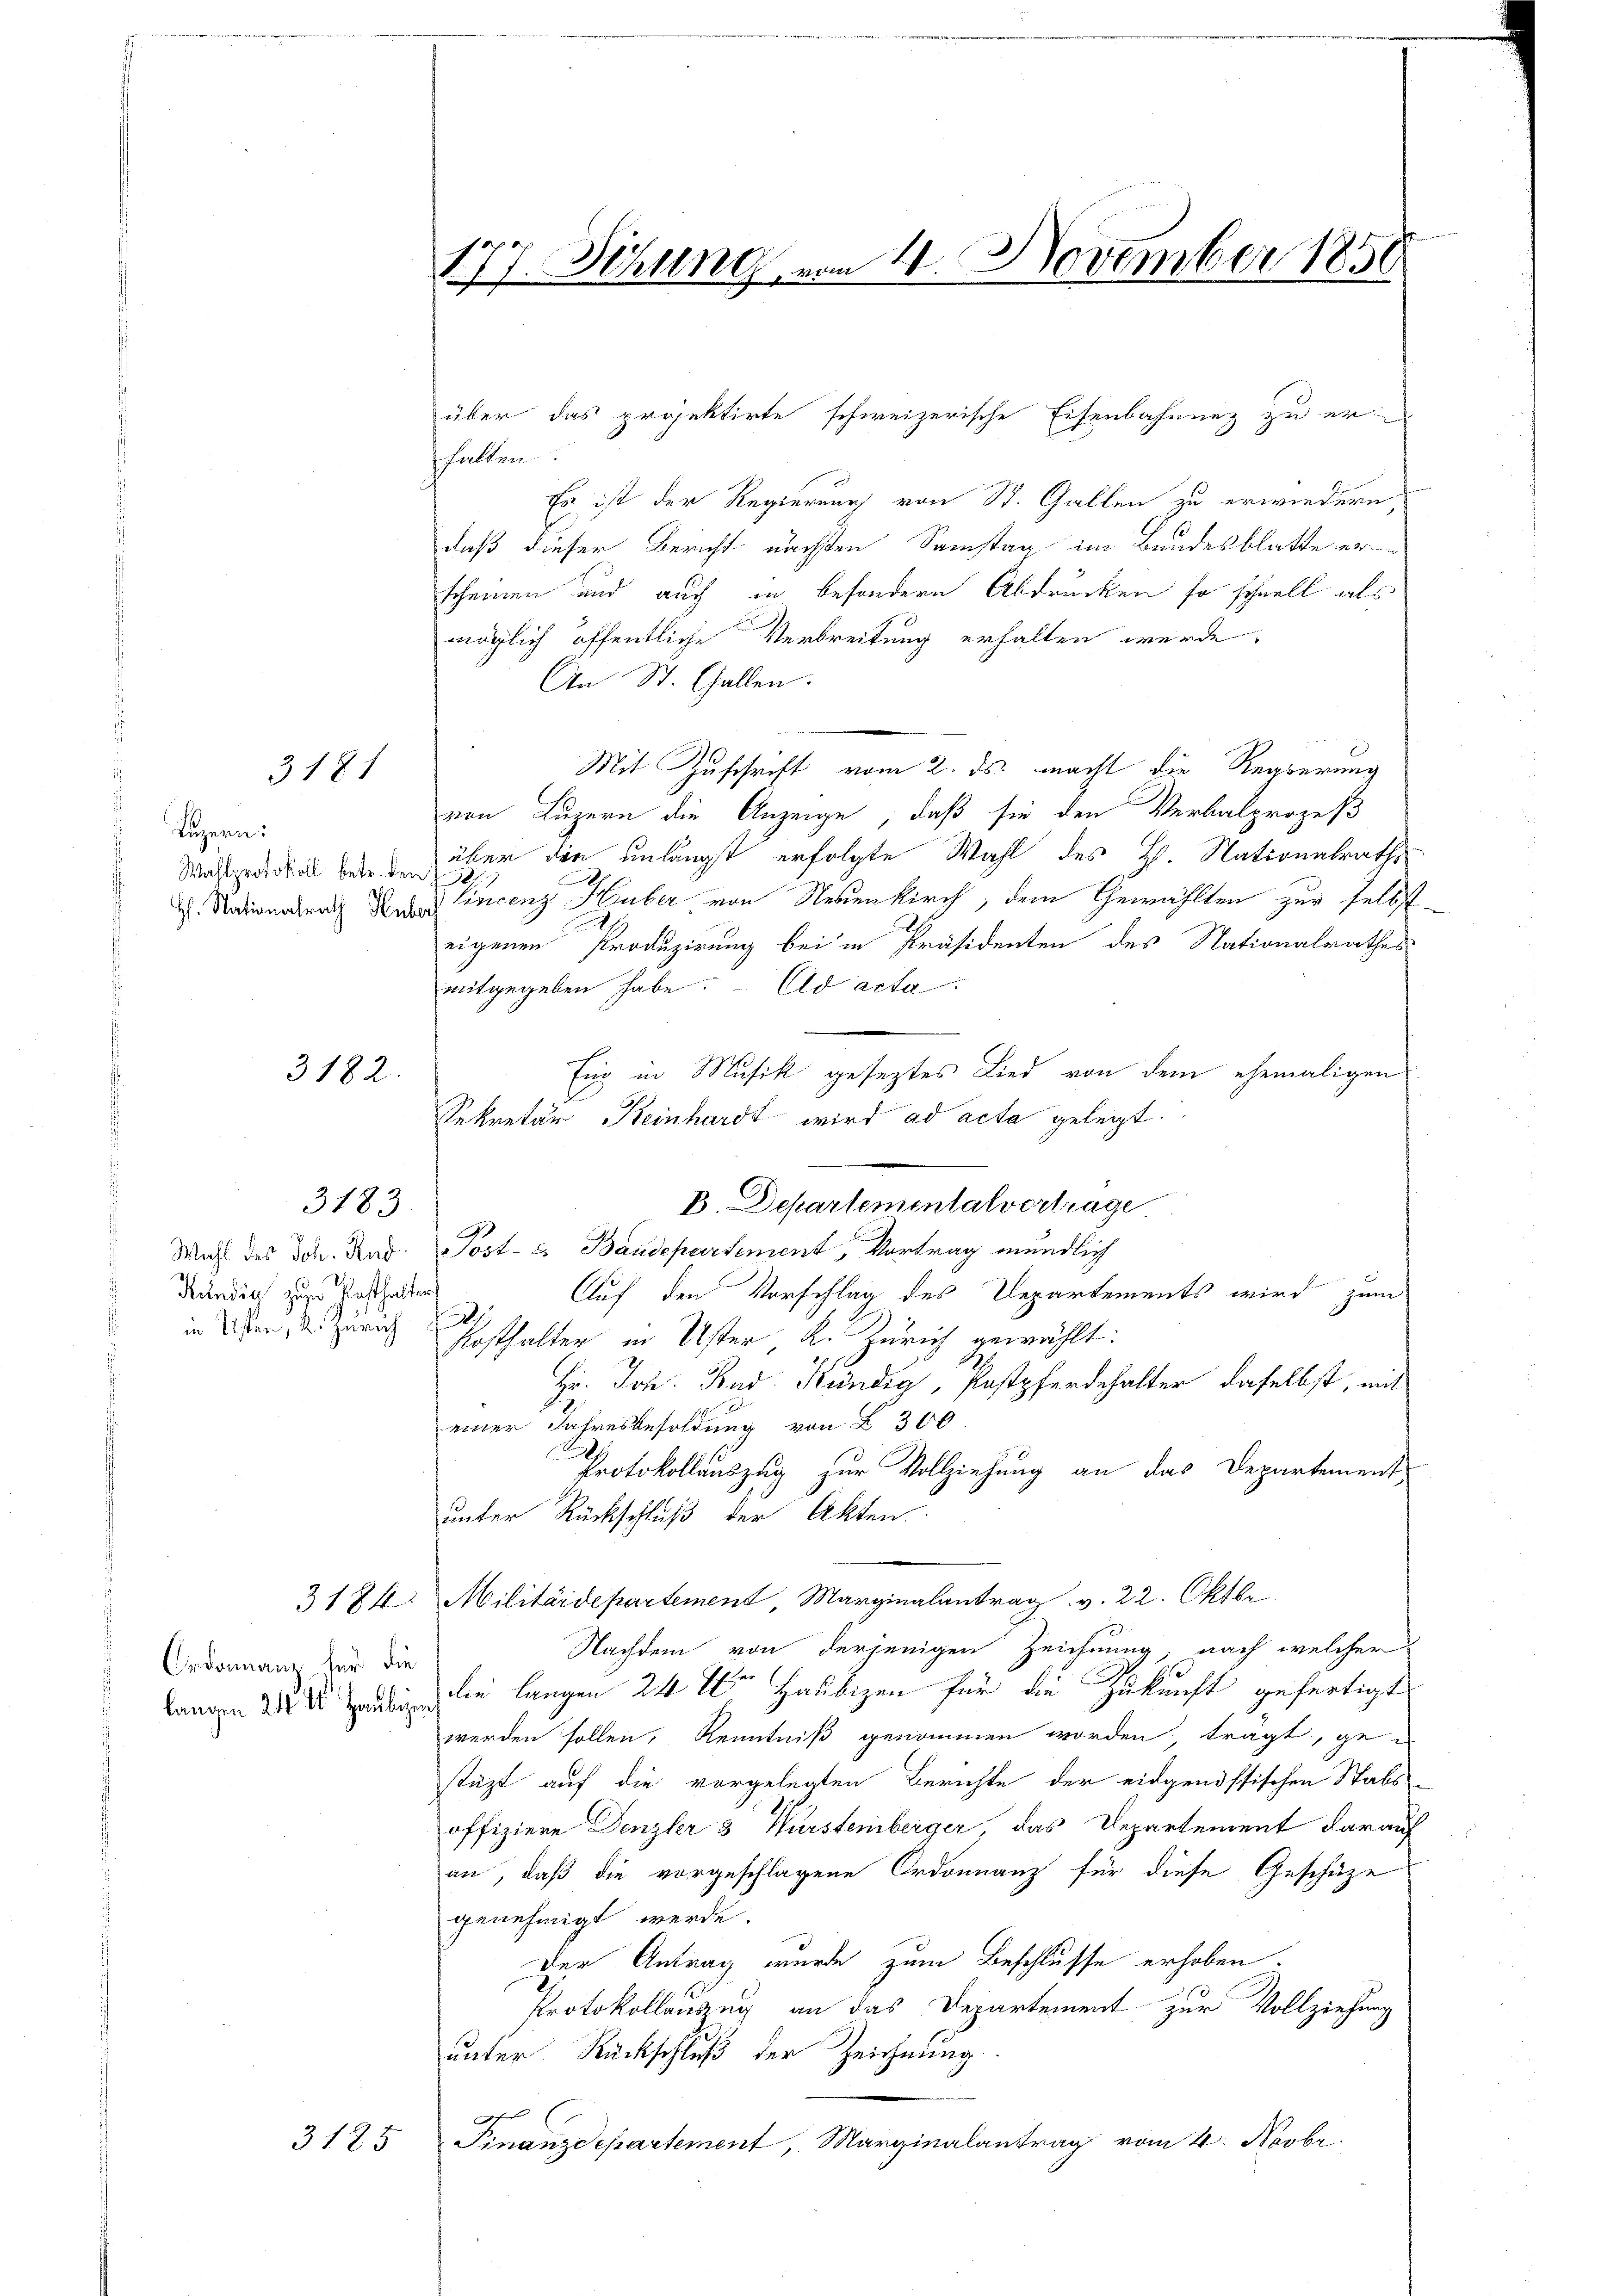
Luzern:
Wahlprotokoll betr. den

Ordonnanz für die

3181

3182.

3183

Kundia zu Gasthalten
in Uster, 2. Zürich

3125

über das projektirte schweizerische Eisenbahnung zu erhalten.
Es ist der Regierung von St. Gallen zu erwiedern,
daß dieser Bericht nächsten Samstag im Bundesblatte erscheinen und auch in besondern Abdrucken so schnell als
möglich öffentliche Verbreitung erhalten werde.
An St. Gallen.
Mit Zuschrift vom 2. ds. macht die Regierung
von Luzern die Anzeige, daß sie den Verbalprozeß
über den unlängst erfolgte Wahl des H. Nationalrathe
. Nationalrath den incenz Huber von Neuenkirch, dem Gewählten zur selbsteigenen Produzirung bei in Präsidenten des Nationalrathes
mitgegeben habe. ad acta
Eig in Musik geseztes Lied von dem ehemaligen
Sekretär Keinhardt wird ad acta gelegt.
Mahl des Joh. Rud. Post- u. Baudepartement, Vortrag mündlich
Auf den Vorschlag des Departements wird zum
Kosthalter in Uster K. Zürich gewählt:
Hr. Joh. Rud. Kündig, Postpferdehalter daselbst, mit
einer Jahresbesoldung von § 300
Protokollauszug zur Vollziehung an das Departement
unter Rückschluß der Akten
3174. Militärdepartement, Marginalantrag v. 22. Oktbr
Nachdem von derjenigen Zeichnung, nach welcher
Langen die langen 24 der Haubigen für die Zukunft gefertigt
werden sollen, Renntniß genommen worden, tragt, gestüzt auf die vorgelegten Berichte der eidgenössischen Stabsoffiziere Denzler 3 Wurstemberger, das Departement darauf
an, daß die vorgeschlagene Ordonnanz für diese Geschäze
genehmigt werde.
Der Antrag wurde zum Beschlusse erhoben.
Protokollauszug an das Departement zur Vollziehung
unter Rückschluß der Zeichnung.
ferten
Finanzdepartement, Marginalantrag vom 4. Novbr.

177. Sitzung vom 14. November 1858

B. Departementalvertrage